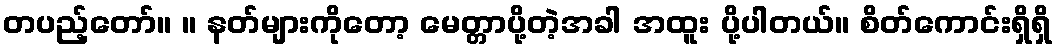
တပည့်တော်။ ။ နတ်များကိုတော့ မေတ္တာပို့တဲ့အခါ အထူး ပို့ပါတယ်။ စိတ်ကောင်းရှိရှိ